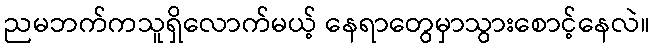
ညမဘက်ကသူရှိလောက်မယ့် နေရာတွေမှာသွားစောင့်နေလဲ။